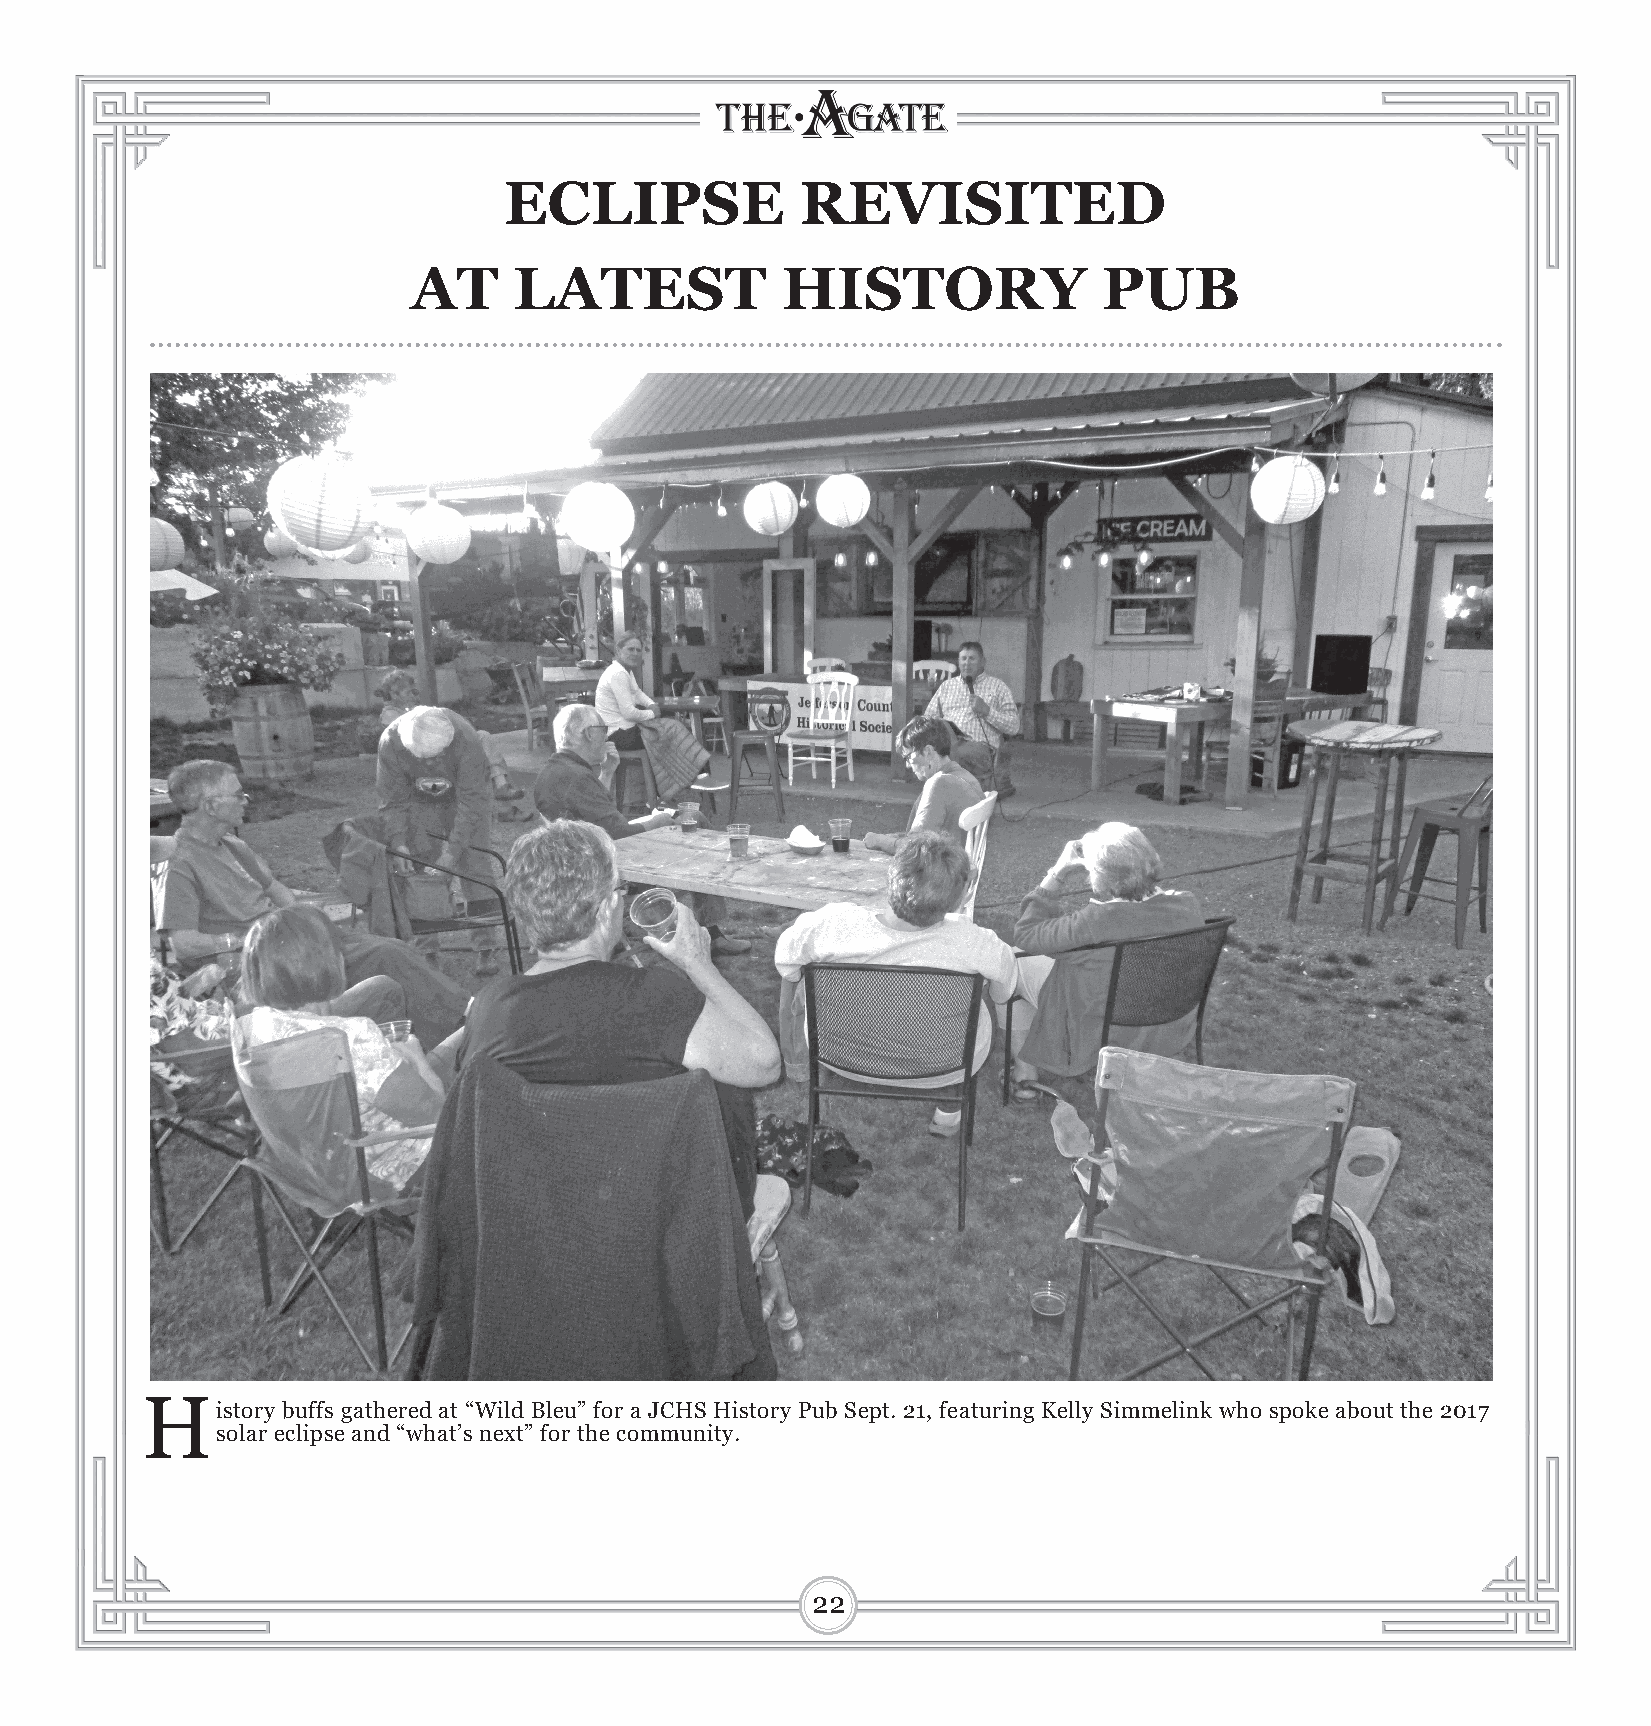
ECLIPSE             REVISITED
 AT     LATEST            HISTORY              PUB
 History   buffs gathered at “Wild Bleu” for a JCHS History Pub Sept. 21, featuring Kelly Simmelink who spoke about the 2017
 solar eclipse and “what’s next” for the community.
 22